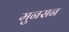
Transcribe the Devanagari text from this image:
मुनसन